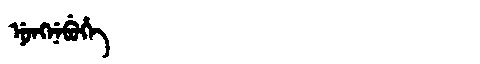
Manchu: ᠨᡠᠩᠨᡝᠪᡠᡥᡝ
Romanization: NUNGNEBUHE